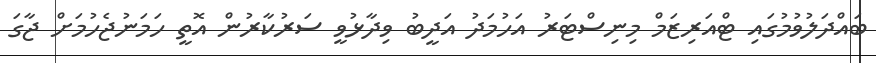
ބައްދަލުވުމުގައި ޓްއަރިޒަމް މިނިސްޓަރު އަހުމަދު އަދީބު ވިދާޅުވީ ސަރުކާރުން އޮތީ ހަމަނުޖެހުމަށް ޖާގަ